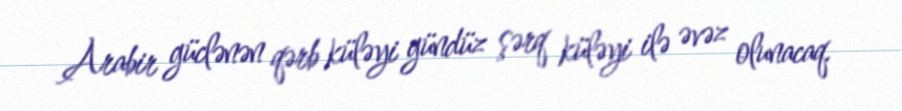
Arabir güclənən qərb küləyi gündüz şərq küləyi ilə əvəz olunacaq.